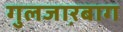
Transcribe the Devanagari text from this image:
गुलजा़रबाग